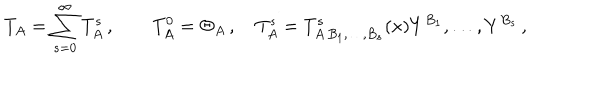
LaTeX: T _ { A } = \sum _ { s = 0 } ^ { \infty } T _ { A } ^ { s } \, , \qquad T _ { A } ^ { 0 } = \Theta _ { A } \, , \quad T _ { A } ^ { s } = T _ { A \, B _ { 1 } , \ldots , B _ { s } } ^ { s } ( x ) Y ^ { B _ { 1 } } , \ldots , Y ^ { B _ { s } } \, ,